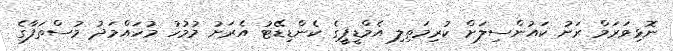
ނޮޅިވަރަމް ރަށު ކައުންސިލަށް ކުރިމަތިލި އެމްޑީޕީގެ ކެންޑިޑޭޓު އެރަށު މުމުހު މުހައްމަދު މުސްތަފާގެ